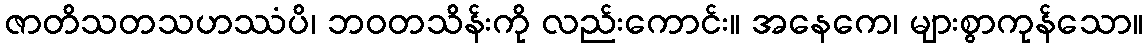
ဇာတိသတသဟဿံပိ၊ ဘဝတသိန်းကို လည်းကောင်း။ အနေကေ၊ များစွာကုန်သော။